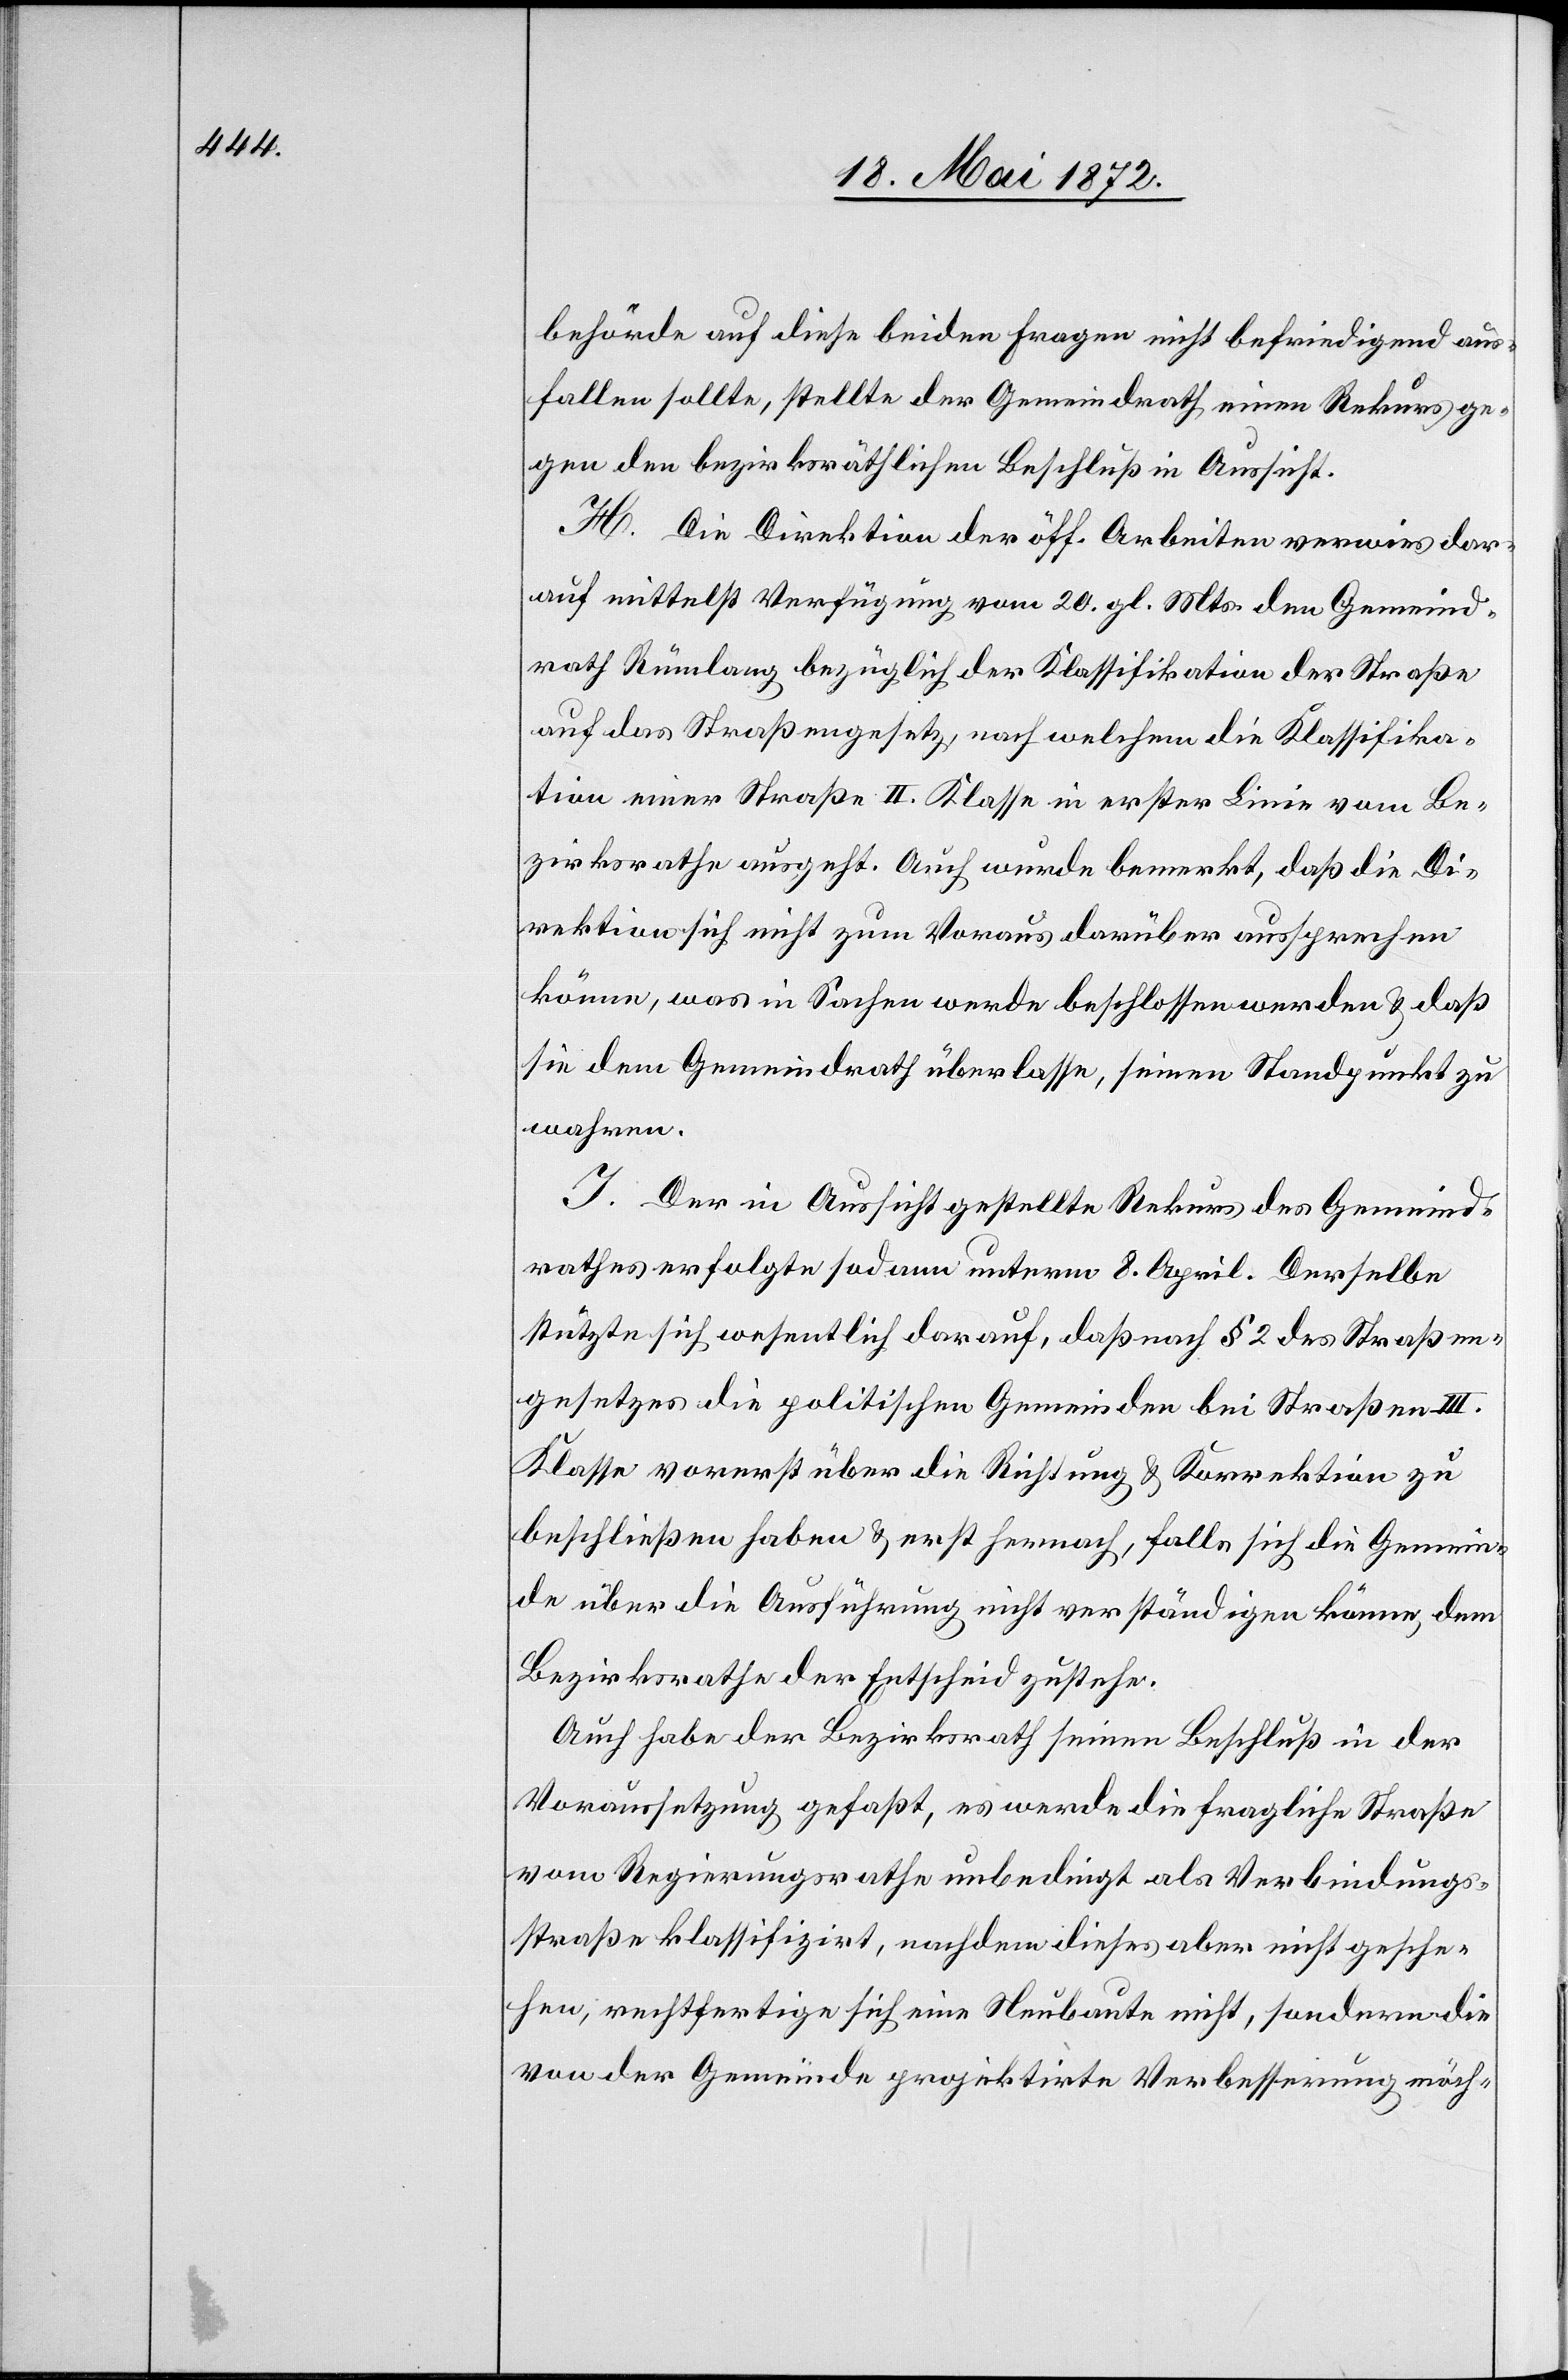
behörde auf diese beiden Fragen nicht befriedigend aus¬
fallen sollte, stellte der Gemeindrath einen Rekurs ge¬
gen den bezirksräthlichen Beschluß in Aussicht.
H. Die Direktion der öff. Arbeiten verwies dar¬
auf mittelst Verfügung vom 20. gl. Mts. den Gemeind¬
rath Rümlang bezüglich der Klassifikation der Straße
auf das Straßengesetz, nach welchem die Klassifika¬
tion einer Straße II. Klasse in erster Linie vom Be¬
zirksrathe ausgeht. Auch wurde bemerkt, daß die Di¬
rektion sich nicht zum Voraus darüber aussprechen
könne, was in Sachen werde beschlossen werden u. daß
sie dem Gemeindrath überlasse, seinen Stadtpunkt zu
wahren.
I. Der in Aussicht gestellte Rekurs des Gemeind¬
rathes erfolgte sodann unterm 8. April. Derselbe
stützte sich wesentlich darauf, daß nach § 2 des Straßen¬
gesetzes die politischen Gemeinden bei Straßen III.
Klasse vorerst über die Richtung u. Korrektion zu
beschließen haben u. erst hernach, falls sich die Gemein¬
de über die Ausführung nicht verständigen könne, dem
Bezirksrathe der Entscheid zustehe.
Auch habe der Bezirksrath seinen Beschluß in der
Voraussetzung gefaßt, es werde die fragliche Straße
vom Regierungsrathe unbedingt als Verbindungs¬
straße klassifizirt, nachdem dieses aber nicht geschehen
sei, rechtfertige sich eine Neubaute nicht, sondern die
von der Gemeinde projektirte Verbesserung möch-